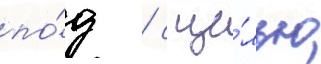
по́д / с це́лью